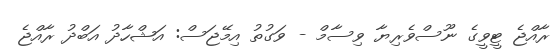
ރާއްޖެ ޓީވީގެ ނޫސްވެރިޔާ ވިސާމް - ވަގުތު އިމޭޖަސް: އަޝްހާދު އަބްދު ރާއްޖެ